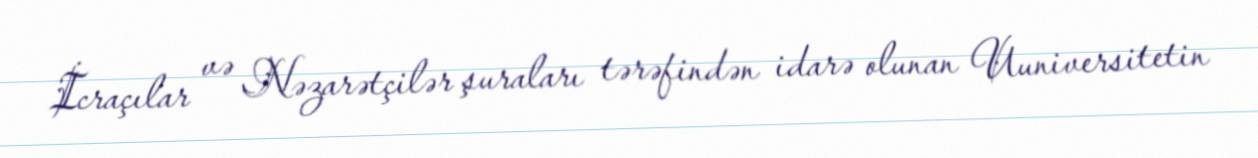
İcraçılar və Nəzarətçilər şuraları tərəfindən idarə olunan Uuniversitetin